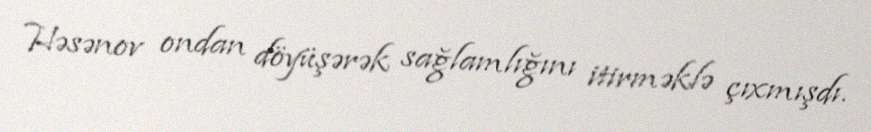
Həsənov ondan döyüşərək sağlamlığını itirməklə çıxmışdı.